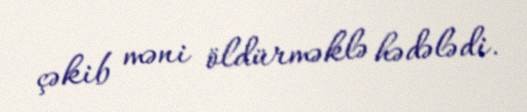
çəkib məni öldürməklə hədələdi.